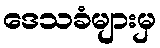
ဒေသခံများမှ